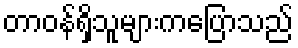
တာဝန်ရှိသူများကပြောသည်